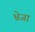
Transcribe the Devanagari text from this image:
भ्रेजा